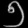
Digit: ၅